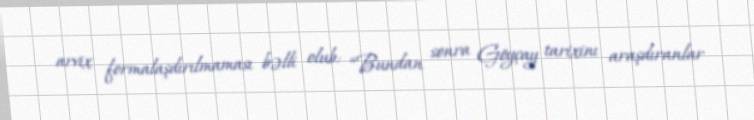
arvix formalaşdırılmaması bəlli olub: “Bundan sonra Göyçay tarixinı araşdıranlar